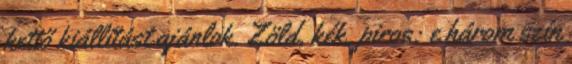
kettő kiállítást ajánlok. Zöld, kék, piros: e három szín